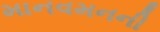
માનવમનની